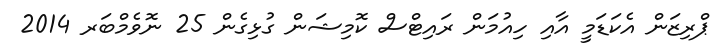
ޕްރިޒަން އެކަޑަމީ އާއި ހިއުމަން ރައިޓްސް ކޮމިޝަން ގުޅިގެން 25 ނޮވެމްބަރ 2014